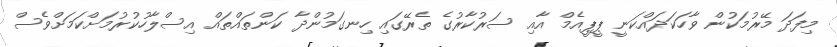
މިފަދަ މޭރުމަކުން ވާހަކަދައްކަނީ ޕީޕީއެމް އާއި ސަރުކާރުގެ ތެރޭގައި ހިނގަމުންދާ ކަންތައްތައް އިސްލާހުކުރުމަށްކަމަށްވެސް